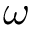
\omega